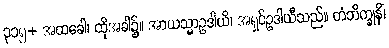
၃၁၅+ အထခေါ၊ ထိုအခါ၌။ အာယသ္မာဥဒါယိ၊ အရှင်ဥဒါယီသည်။ တံဘိက္ခုနိံ၊